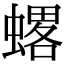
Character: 𧐋